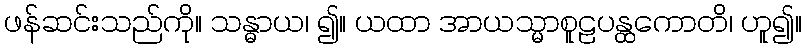
ဖန်ဆင်းသည်ကို။ သန္ဓာယ၊ ၍။ ယထာ အာယသ္မာစူဠပန္ထကောတိ၊ ဟူ၍။